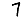
Digit: 7